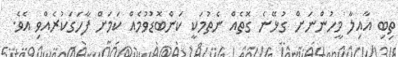
ތިބި އާއިލާ މީހުންނަށް ގުޅޭނެ ގޮތެއް ނެތުމަކީ ކަންބޮޑުވުމެއް ކަމަށް ފާހަގަކުރެއްވި އެވެ.